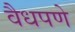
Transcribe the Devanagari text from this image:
वैधपणे